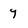
Character: 7